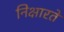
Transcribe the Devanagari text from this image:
निक्षारते